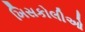
ખિસકોલીઓ